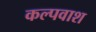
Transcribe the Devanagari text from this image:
कल्पवाश